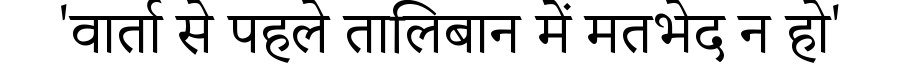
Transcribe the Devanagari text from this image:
'वार्ता से पहले तालिबान में मतभेद न हो'